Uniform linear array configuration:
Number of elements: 12
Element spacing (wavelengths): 0.25
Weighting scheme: exponential
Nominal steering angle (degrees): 30
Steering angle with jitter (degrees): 31.316
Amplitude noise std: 0.05
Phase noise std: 0.05

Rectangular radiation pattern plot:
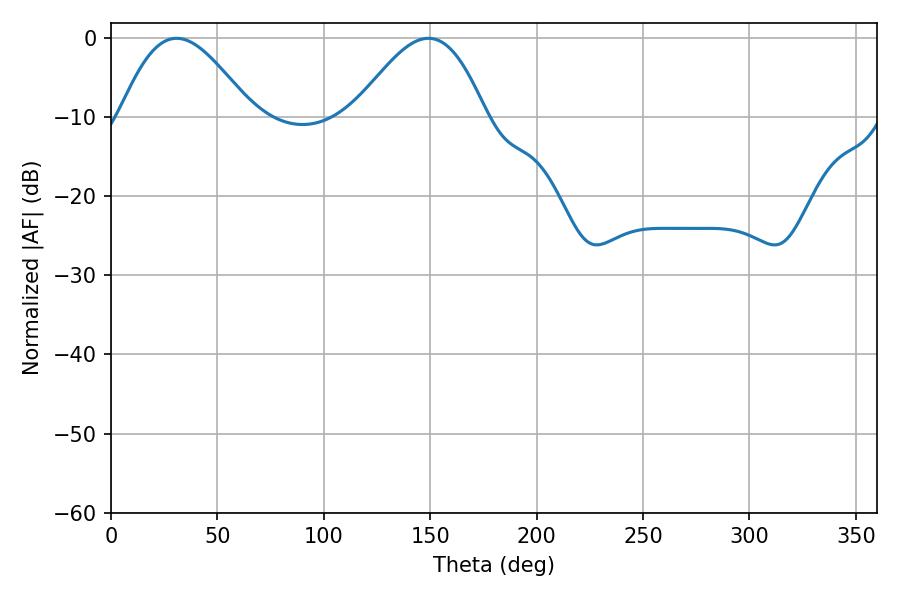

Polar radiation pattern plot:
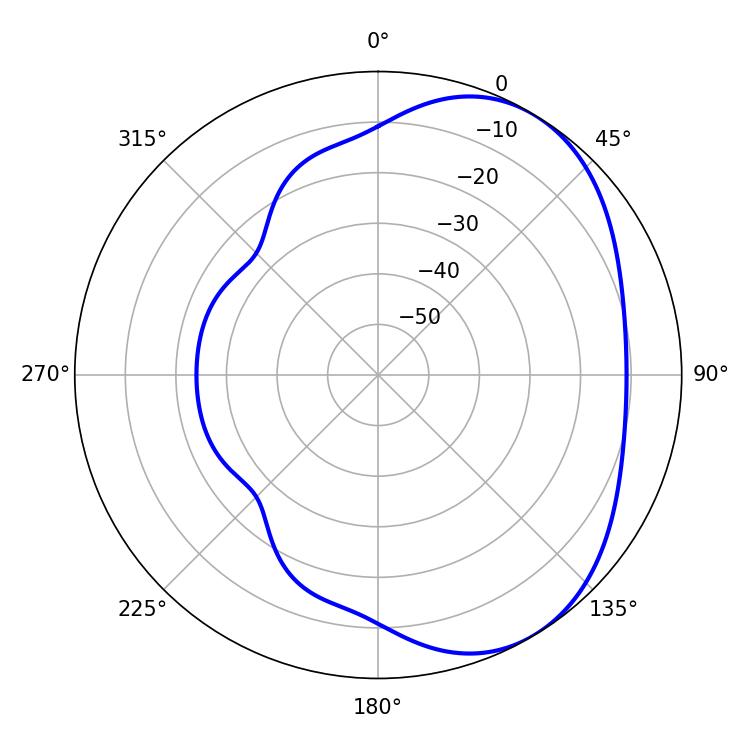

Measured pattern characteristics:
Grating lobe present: FALSE
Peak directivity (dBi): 4.371
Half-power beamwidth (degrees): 33.3
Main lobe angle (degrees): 30.78